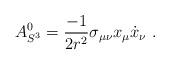
LaTeX: \begin{align*}A_{S^{3}}^{0}={\frac{-1}{2r^{2}}}\sigma _{\mu \nu }x_{\mu }\dot{x}_{\nu }\ .\end{align*}